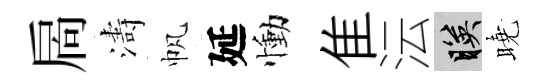
扄濤帆延慟隹沄映曉